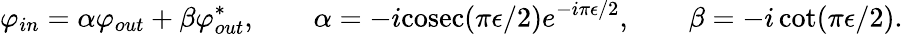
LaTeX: \varphi_{in}=\alpha\varphi_{out}+\beta\varphi_{out}^{*},\qquad\alpha=-i\mathrm{cosec}(\pi\epsilon/2)e^{-i\pi\epsilon/2},\qquad\beta=-i\cot(\pi\epsilon/2).